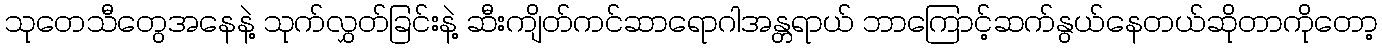
သုတေသီတွေအနေနဲ့ သုက်လွှတ်ခြင်းနဲ့ ဆီးကျိတ်ကင်ဆာရောဂါအန္တရာယ် ဘာကြောင့်ဆက်နွယ်နေတယ်ဆိုတာကိုတော့